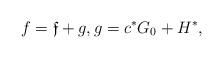
LaTeX: \begin{align*} f=\mathfrak f+g, g=c^*G_0+H^*, \end{align*}